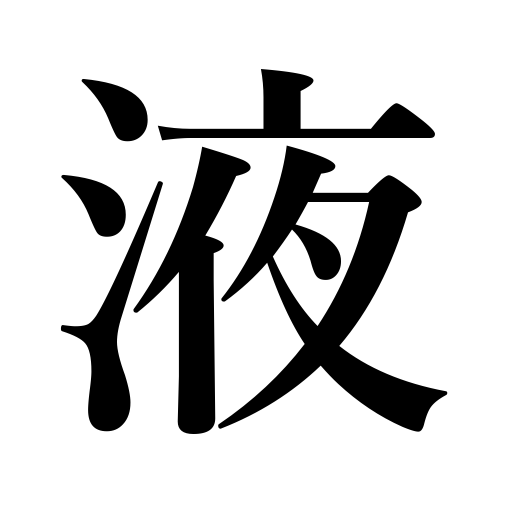
Meanings: secretion,liquid,juice,fluid,sap